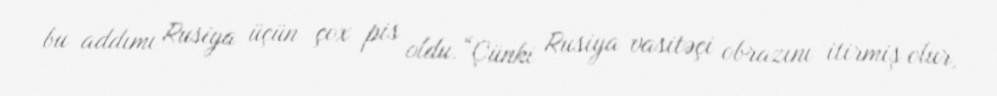
bu addımı Rusiya üçün çox pis oldu.“Çünki Rusiya vasitəçi obrazını itirmiş olur,